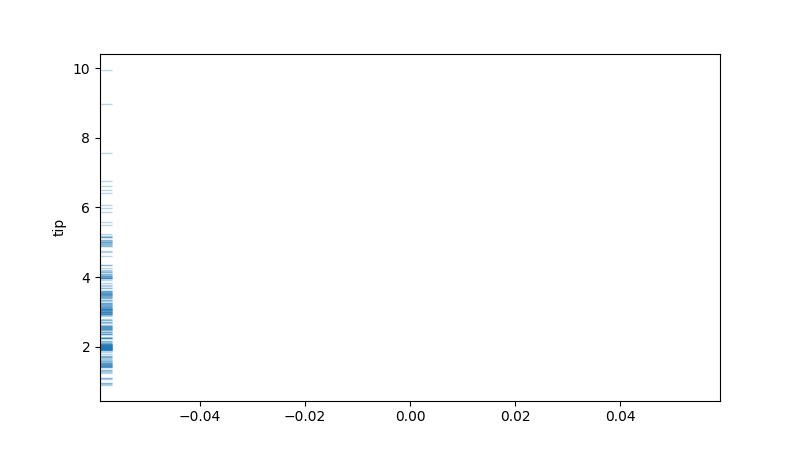
python, seaborn, rugplot, height=0.02, axis='y', alpha=0.3